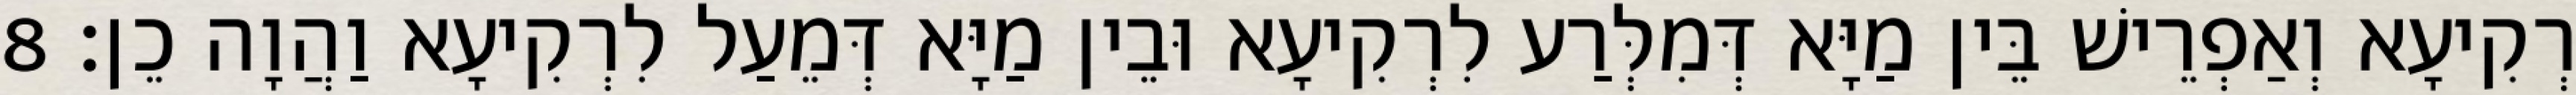
רְקִיעָא וְאַפְרֵישׁ בֵּין מַיָּא דְּמִלְּרַע לִרְקִיעָא וּבֵין מַיָּא דְּמֵעַל לִרְקִיעָא וַהֲוָה כֵן׃ 8